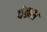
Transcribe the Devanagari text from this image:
धेतला